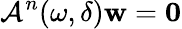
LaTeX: \mathcal{A}^{n}(\omega,\delta)\mathbf{w}=\mathbf{0}